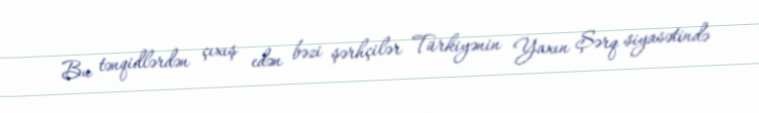
Bu tənqidlərdən çıxış edən bəzi şərhçilər Türkiyənin Yaxın Şərq siyasətində